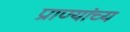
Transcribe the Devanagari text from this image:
प्राण्यांच्य